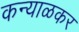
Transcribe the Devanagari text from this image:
कन्याळकर